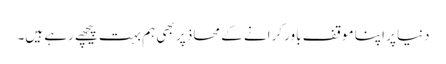
دنیا پر اپنا موقف باور کرانے کے محاذ پر بھی ہم بہت پیچھے رہے ہیں۔